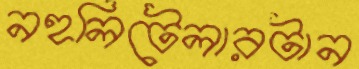
নহলিটেলারটান